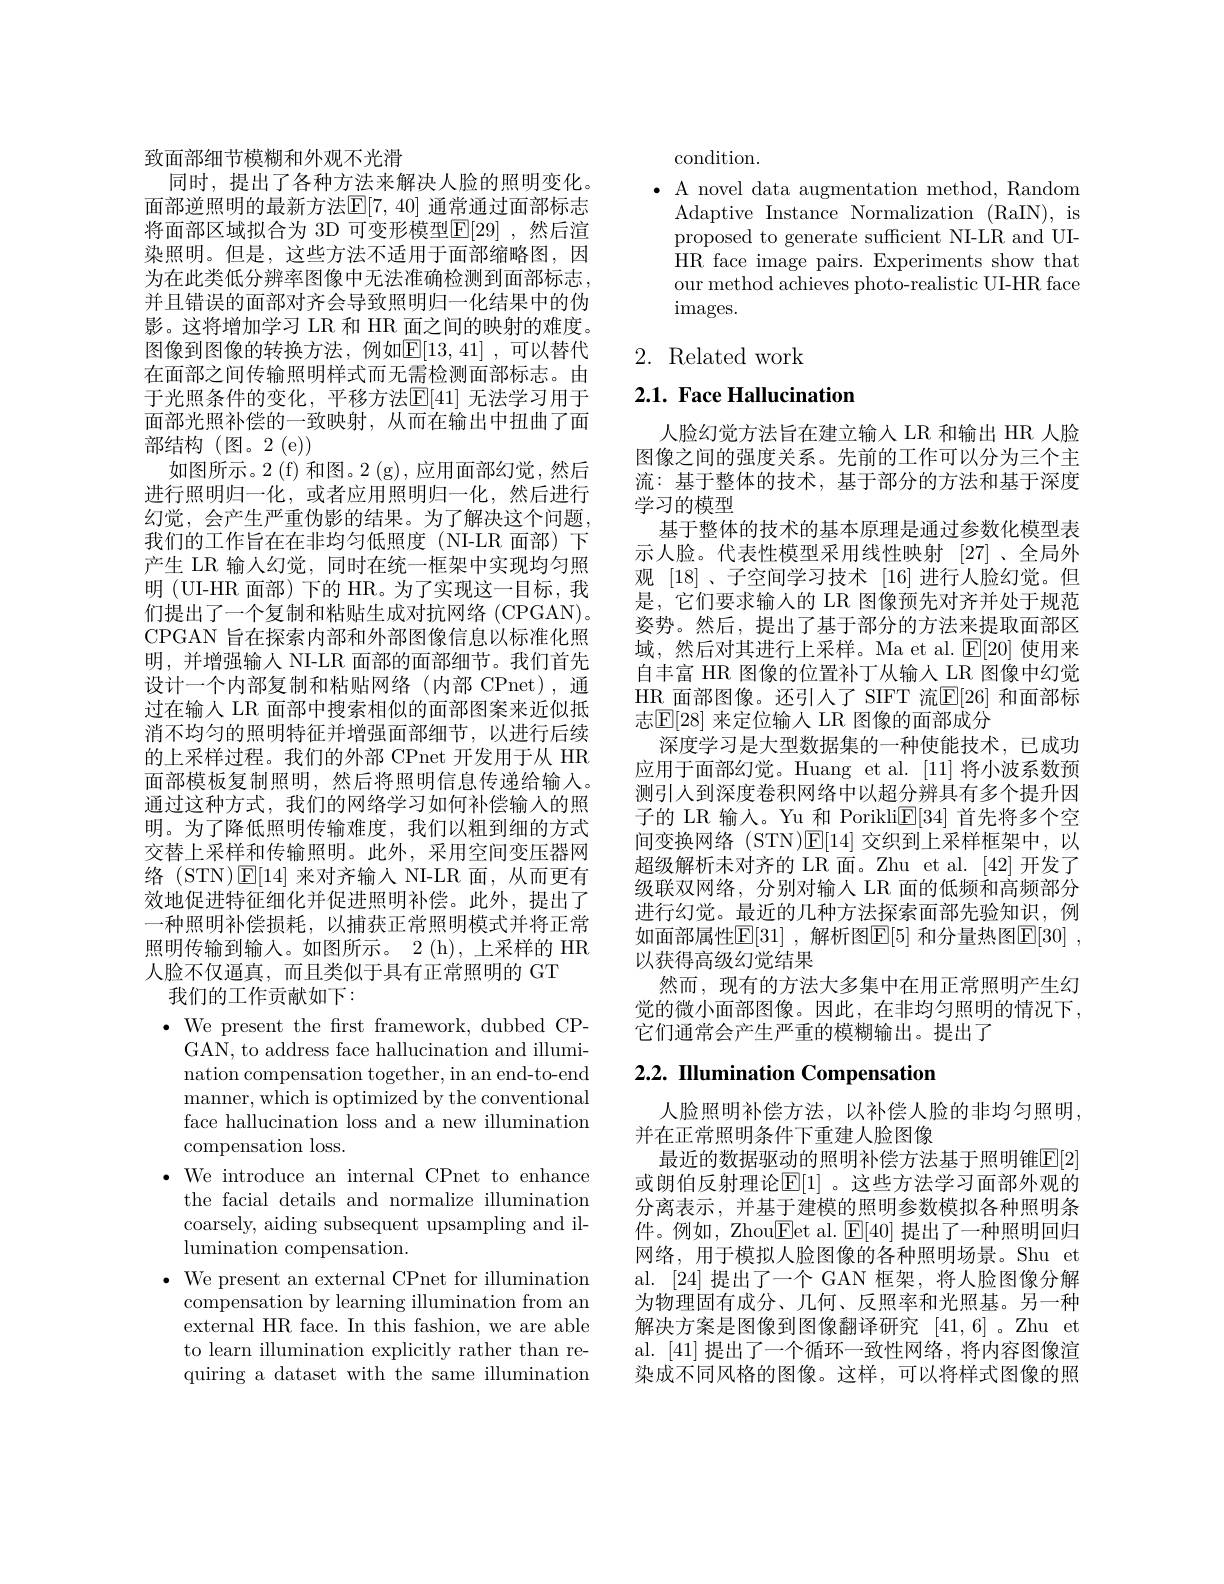
致面部细节模糊和外观不光滑
同时，提出了各种方法来解决人脸的照明变化。面部逆照明的最新方法$\mathbb{E}[7,40]$ 通常通过面部标志将面部区域拟合为 3D 可变形模型$\mathbb{E}[29]$ ,然后渲染照明。但是，这些方法不适用于面部缩略图，因为在此类低分辨率图像中无法准确检测到面部标志， 并且错误的面部对齐会导致照明归一化结果中的伪影。这将增加学习 LR 和 HR 面之间的映射的难度。图像到图像的转换方法，例如$\mathbb{E}[13,41]$,可以替代在面部之间传输照明样式而无需检测面部标志。由于光照条件的变化，平移方法$\mathbb{E}[41]$ 无法学习用于面部光照补偿的一致映射，从而在输出中扭曲了面部结构(图。2(e))
如图所示。2 (f) 和图。2 (g),应用面部幻觉，然后进行照明归一化，或者应用照明归一化，然后进行幻觉，会产生严重伪影的结果。为了解决这个问题， 我们的工作旨在在非均匀低照度(NI-LR面部)下产生 LR 输人幻觉，同时在统一框架中实现均匀照明 (UI-HR 面部) 下的 HR。为了实现这一目标，我们提出了一个复制和粘贴生成对抗网络(CPGAN)。CPGAN 旨在探索内部和外部图像信息以标准化照明，并增强输入 NI-LR 面部的面部细节。我们首先设计一个内部复制和粘贴网络(内部 CPnet),通过在输入 LR 面部中搜索相似的面部图案来近似抵消不均匀的照明特征并增强面部细节，以进行后续的上采样过程。我们的外部 CPnet 开发用于从 HR 面部模板复制照明，然后将照明信息传递给输入。通过这种方式，我们的网络学习如何补偿输人的照明。为了降低照明传输难度，我们以粗到细的方式交替上采样和传输照明。此外，采用空间变压器网络 (STN)$\operatorname{E}[14]$来对齐输入 NI-LR 面，从而更有效地促进特征细化并促进照明补偿。此外，提出了一种照明补偿损耗，以捕获正常照明模式并将正常照明传输到输入。如图所示。2(h),上采样的 HR 人脸不仅逼真，而且类似于具有正常照明的 GT
我们的工作贡献如下：
$\cdot$ We present the frst framework, dubbed CP-
GAN, to address face hallucination and illumination compensation together, in an end-to-end manner, which is optimized by the conventional face hallucination loss and a new illumination compensation loss.
$\bullet$ We introduce an internal CPnet to enhance
the facial details and normalize illumination coarsely, aiding subsequent upsampling and illumination compensation.
$\bullet$ We present an external CPnet for illumination
compensation by learning illumination from an external HR face. In this fashion, we are able to learn illumination explicitly rather than requiring a dataset with the same illumination

condition.
$\bullet$ A novel data augmentation method, Random
Adaptive Instance Normalization (RaIN), is proposed to generate sufficient NI-LR and UIHR face image pairs. Experiments show that our method achieves photo-realistic UI-HR face $\operatorname{images.}$

2. Related work

$2. 1. \textbf{ Face Hallucination}$

人脸幻觉方法旨在建立输入 LR 和输出 HR 人脸图像之间的强度关系。先前的工作可以分为三个主流：基于整体的技术，基于部分的方法和基于深度学习的模型
基于整体的技术的基本原理是通过参数化模型表示人脸。代表性模型采用线性映射 [27]、全局外观[18]、子空间学习技术 [16]进行人脸幻觉。但是，它们要求输人的 LR 图像预先对齐并处于规范姿势。然后，提出了基于部分的方法来提取面部区域，然后对其进行上采样。Ma et al.$\mathbb{E}[20]$使用来自丰富 HR 图像的位置补丁从输人 LR 图像中幻觉HR 面部图像。还引人了 SIFT 流$\mathbb{E}[26]$ 和面部标志$\mathbb{E}[28]$ 来定位输入 LR 图像的面部成分
深度学习是大型数据集的一种使能技术，已成功应用于面部幻觉。Huang et al. [11]将小波系数预测引人到深度卷积网络中以超分辨具有多个提升因子的 LR 输入。Yu 和 Porikli$\underline{\mathbb{E}}[34]$首先将多个空间变换网络(STN)$\operatorname{E}[14]$交织到上采样框架中，以超级解析未对齐的 LR 面。Zhu et al. [42] 开发了级联双网络，分别对输入 LR 面的低频和高频部分进行幻觉。最近的几种方法探索面部先验知识，例如面部属性$\mathbb{E}[31]$ ,解析图$\mathbb{E}[5]$ 和分量热图$\mathbb{E}[30]$ , 以获得高级幻觉结果
然而，现有的方法大多集中在用正常照明产生幻觉的微小面部图像。因此，在非均匀照明的情况下， 它们通常会产生严重的模糊输出。提出了

## 2.2. IIlumination Compensation

人脸照明补偿方法，以补偿人脸的非均匀照明，
并在正常照明条件下重建人脸图像
最近的数据驱动的照明补偿方法基于照明锥$\overline{\mathbb{E}}[2]$ 或朗伯反射理论$\mathbb{E}[1]$ 。这些方法学习面部外观的分离表示，并基于建模的照明参数模拟各种照明条件。例如，Zhou$\boxed{\mathrm{Fet~al.~}}\boxed{\mathrm{F}}[40]$提出了一种照明回归网络，用于模拟人脸图像的各种照明场景。Shu et al. [24] 提出了一个 GAN 框架，将人脸图像分解为物理固有成分、几何、反照率和光照基。另一种解决方案是图像到图像翻译研究[41,6]。Zhu et al. [41] 提出了一个循环一致性网络，将内容图像渲染成不同风格的图像。这样，可以将样式图像的照